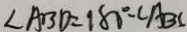
\angle A B D = 1 8 0 ^ { \circ } - \angle A B C